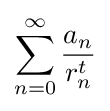
\sum _{n=0}^{\infty }{\frac {a_{n}}{r_{n}^{t}}}